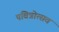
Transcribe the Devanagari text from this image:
पवित्रोत्सव